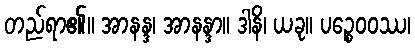
တည်ရာ၏။ အာနန္ဒ၊ အာနန္ဒာ။ ဒါနိ၊ ယခု။ ပဉ္စေဝဝဿ၊